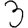
Digit: 3